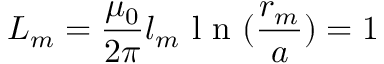
L _ { m } = \frac { \mu _ { 0 } } { 2 \pi } l _ { m } \textrm { l n } ( \frac { r _ { m } } { a } ) = 1